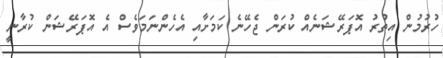
ހުރުމުން އިތުރު އޮޕަރޭޝަނެއް ކުރަން ޖެހޭނެ ކަމަށާއި އެހެންނަމަވެސް އެ އޮޕަރޭޝަން ކުރާނީ